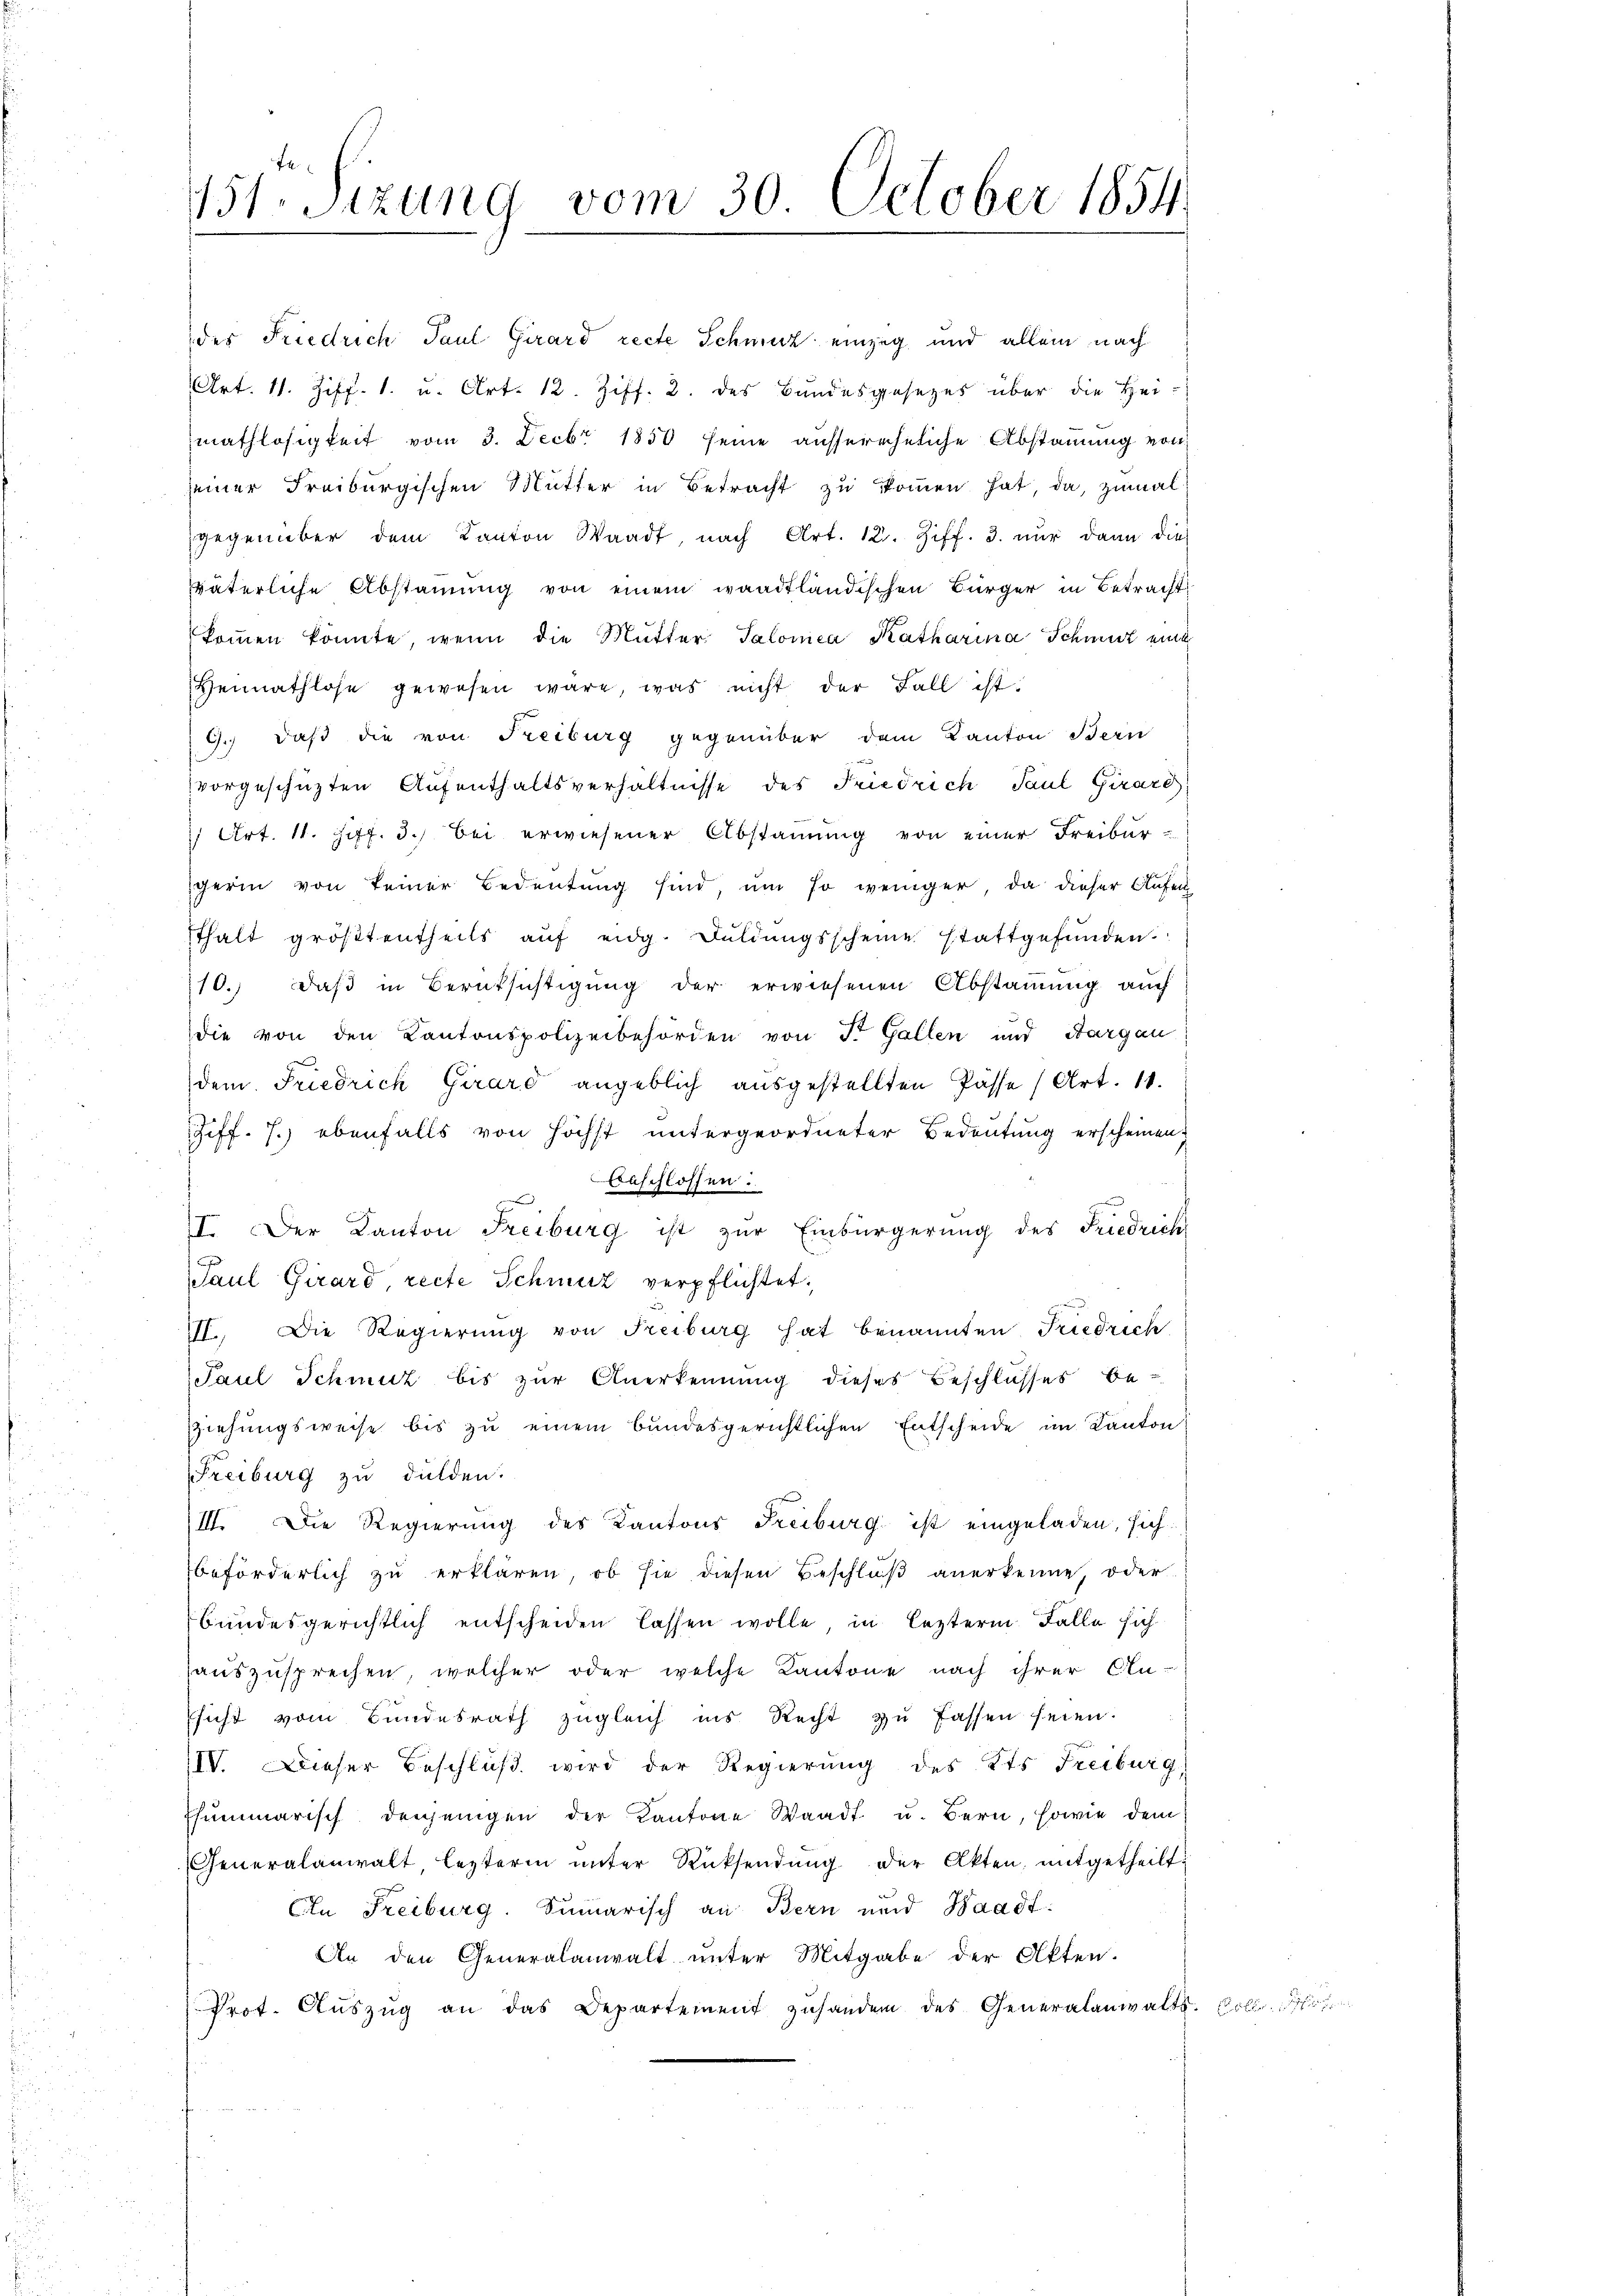
151. Sizung vom 30. October 1854.

des Friedrich Paul Girard recte Schmerz einzig und allein nach
Art. 11. Ziff. 1. u. Art. 12. Ziff. 2. des Bundesgesezes über die Hei-
mathlosigkeit vom 3. Decbr. 1850 seine aussereheliche Abstammung von
seiner Freiburgischen Mutter in Betracht zu kommen hat, da, zumal
gegenüber dem Kanton Waadt, nach Art. 12. Ziff. 3. nŭr dann die
väterliche Abstammung von einem waadtländischen Bürger in Betracht
koṁen könnte, wenn die Mutter Salomea Katharina Schmut eine
Heimathlose gewesen wäre, was nicht der Fall ist.
9.) daß die von Freiburg gegenüber dem Kanton Bern
vorgeschüzten Aufenthaltsverhältnisse des Friedrich Paul Girard
1 Art. 11. Ziff. 3.) Bei erwiesener Abstammung von einer Freibur-
gerin von keiner Bedeutung sind, um so weniger, da dieser Aufenthalt größtentheils auf eidg. Duldungsscheine stattgefunden.
10.) Daß in Berüksichtigung der erwiesenen Abstammung auch
die von den Kantonspolizeibehörden von St. Gallen und Aargau
dem Friedrich Girard angeblich ausgestellten Pässe (Art. 11.
Ziff. 7. ebenfalls von höchst untergeordneter Bedeutung erscheinen,
 beschlossen:
II. Der Kanton Freiburg ist zur Einbürgerung des Friedrich
Paul Girard, recte Schmut verpflichtet:
A
VII. Die Regierung von Freiburg hat benannten Friedrich
Paul Schmutz bis zur Anerkennung dieses Beschlusses be-
Ziehungsweise bis zu einem bundesgerichtlichen Entscheide im Kanton
Freiburg zu dulden.
III. Die Regierung des Kantons Freiburg ist eingeladen, sich
beförderlich zu erklären, ob sie diesen Beschluß anerkenne, oder
bundesgerichtlich entscheiden lassen wolle, in lezterm Falle sich
hauszusprechen, welcher oder welche Kantone nach ihrer An-
sicht vom Bundesrath zŭgleich ins Recht zŭ fassen seien.
IIV. Dieser Beschluß wird der Regierung des Kts. Freiburg)
Esummarisch denjenigen der Kantone Waadt u. Bern, sowie dem
Generalanwalt, lezterm ŭnter Rücksendŭng der Akten, mitgetheilt.
Cn Freiburg. Summarisch an Bern und Waadt:
An den Generalanwalt unter Mitgabe der Akten.
Prot. Aŭszŭg an das Departement zuhanden des Generalanwalts. Soll I.